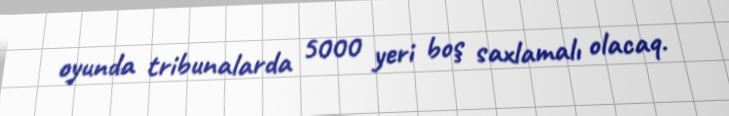
oyunda tribunalarda 5000 yeri boş saxlamalı olacaq.